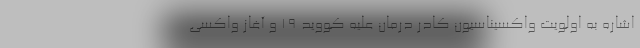
اشاره به اولویت واکسیناسیون کادر درمان علیه کووید ۱۹ و آغاز واکسی